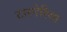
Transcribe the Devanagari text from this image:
टारनेरिया